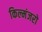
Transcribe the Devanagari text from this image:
किल्मंजरो